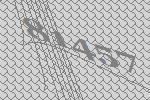
81457